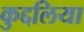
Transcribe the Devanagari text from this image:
कुद्दलिया